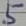
Text: 5